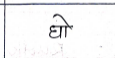
मजकूर: घो